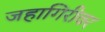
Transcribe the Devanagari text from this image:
जहागिरीवर